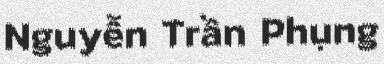
Nguyễn Trần Phụng